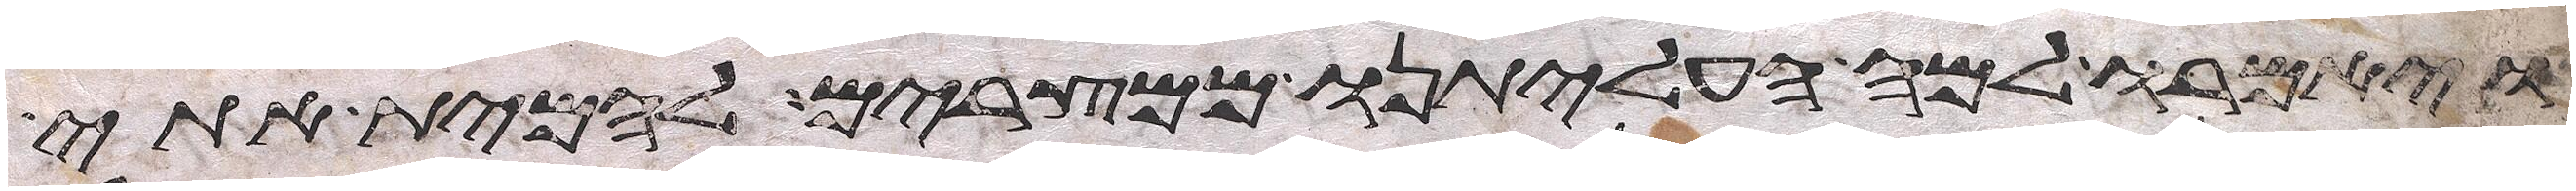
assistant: ויאמרו למה העליתנו ממצרים להמית אתי